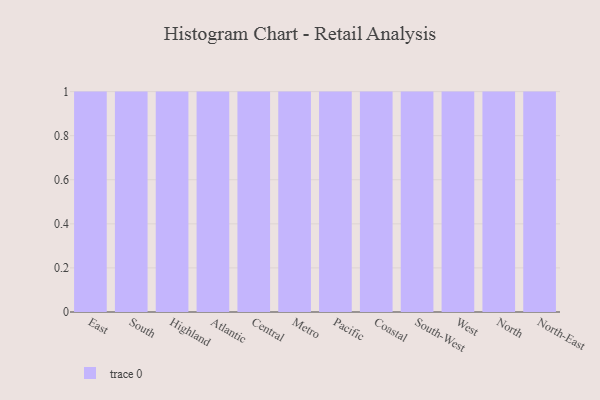
{"axis": {"x": "Region", "y": "Temperature (°C)"}, "legend": [""], "data": [{"x": "East", "y": 95, "type": ""}, {"x": "South", "y": 65, "type": ""}, {"x": "Highland", "y": 32, "type": ""}, {"x": "Atlantic", "y": 7, "type": ""}, {"x": "Central", "y": 9, "type": ""}, {"x": "Metro", "y": 78, "type": ""}, {"x": "Pacific", "y": 19, "type": ""}, {"x": "Coastal", "y": 82, "type": ""}, {"x": "South-West", "y": 5, "type": ""}, {"x": "West", "y": 24, "type": ""}, {"x": "North", "y": 20, "type": ""}, {"x": "North-East", "y": 69, "type": ""}]}